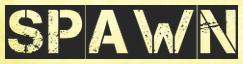
SPAWN